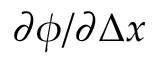
\partial \phi / \partial \Delta x